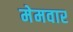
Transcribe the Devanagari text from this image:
मेमवार